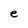
Character: e